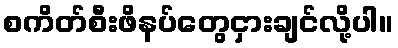
စကိတ်စီးဖိနပ်တွေငှားချင်လို့ပါ။